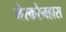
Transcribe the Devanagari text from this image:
मैस्करेनहास